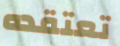
تعتقده